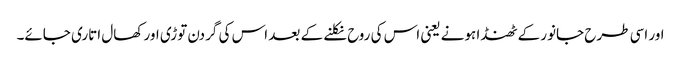
اور اسی طرح جانور کے ٹھنڈا ہونے یعنی اس کی روح نکلنے کے بعد اس کی گردن توڑی اور کھال اتاری جائے۔